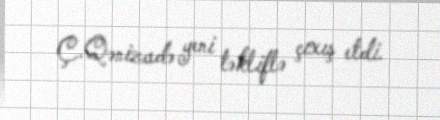
Ç.Qənizadə yeni təkliflə çıxış etdi.